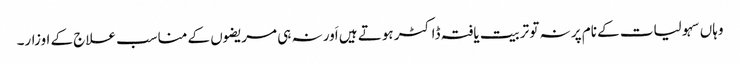
وہاں سہولیات کے نام پر نہ تو تربیت یافتہ ڈاکٹر ہوتے ہیں اَور نہ ہی مریضوں کے مناسب علاج کے اوزار۔